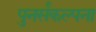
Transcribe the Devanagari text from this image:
पुनर्संकल्पना